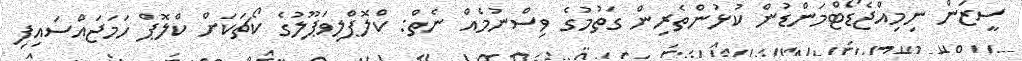
ސީޒަން ނިމިއްޖެޑޯޓްމަންޑުން ކުޅުންތެރިން ގަތުމުގެ ވިސްނުމެއް ނެތް: ކްލޮޕްލިވަޕޫލުގެ ކޯޗަކަށް ކްލޮޕް ހަމަޖައްސައިފި